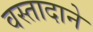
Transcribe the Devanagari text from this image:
वस्तादाने